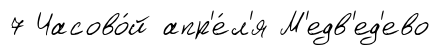
7 Часово́й апр'е́л'я М'едв'ед'ево